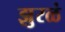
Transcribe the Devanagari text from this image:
झुरळं